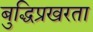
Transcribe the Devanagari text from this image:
बुद्धिप्रखरता